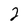
Character: 2